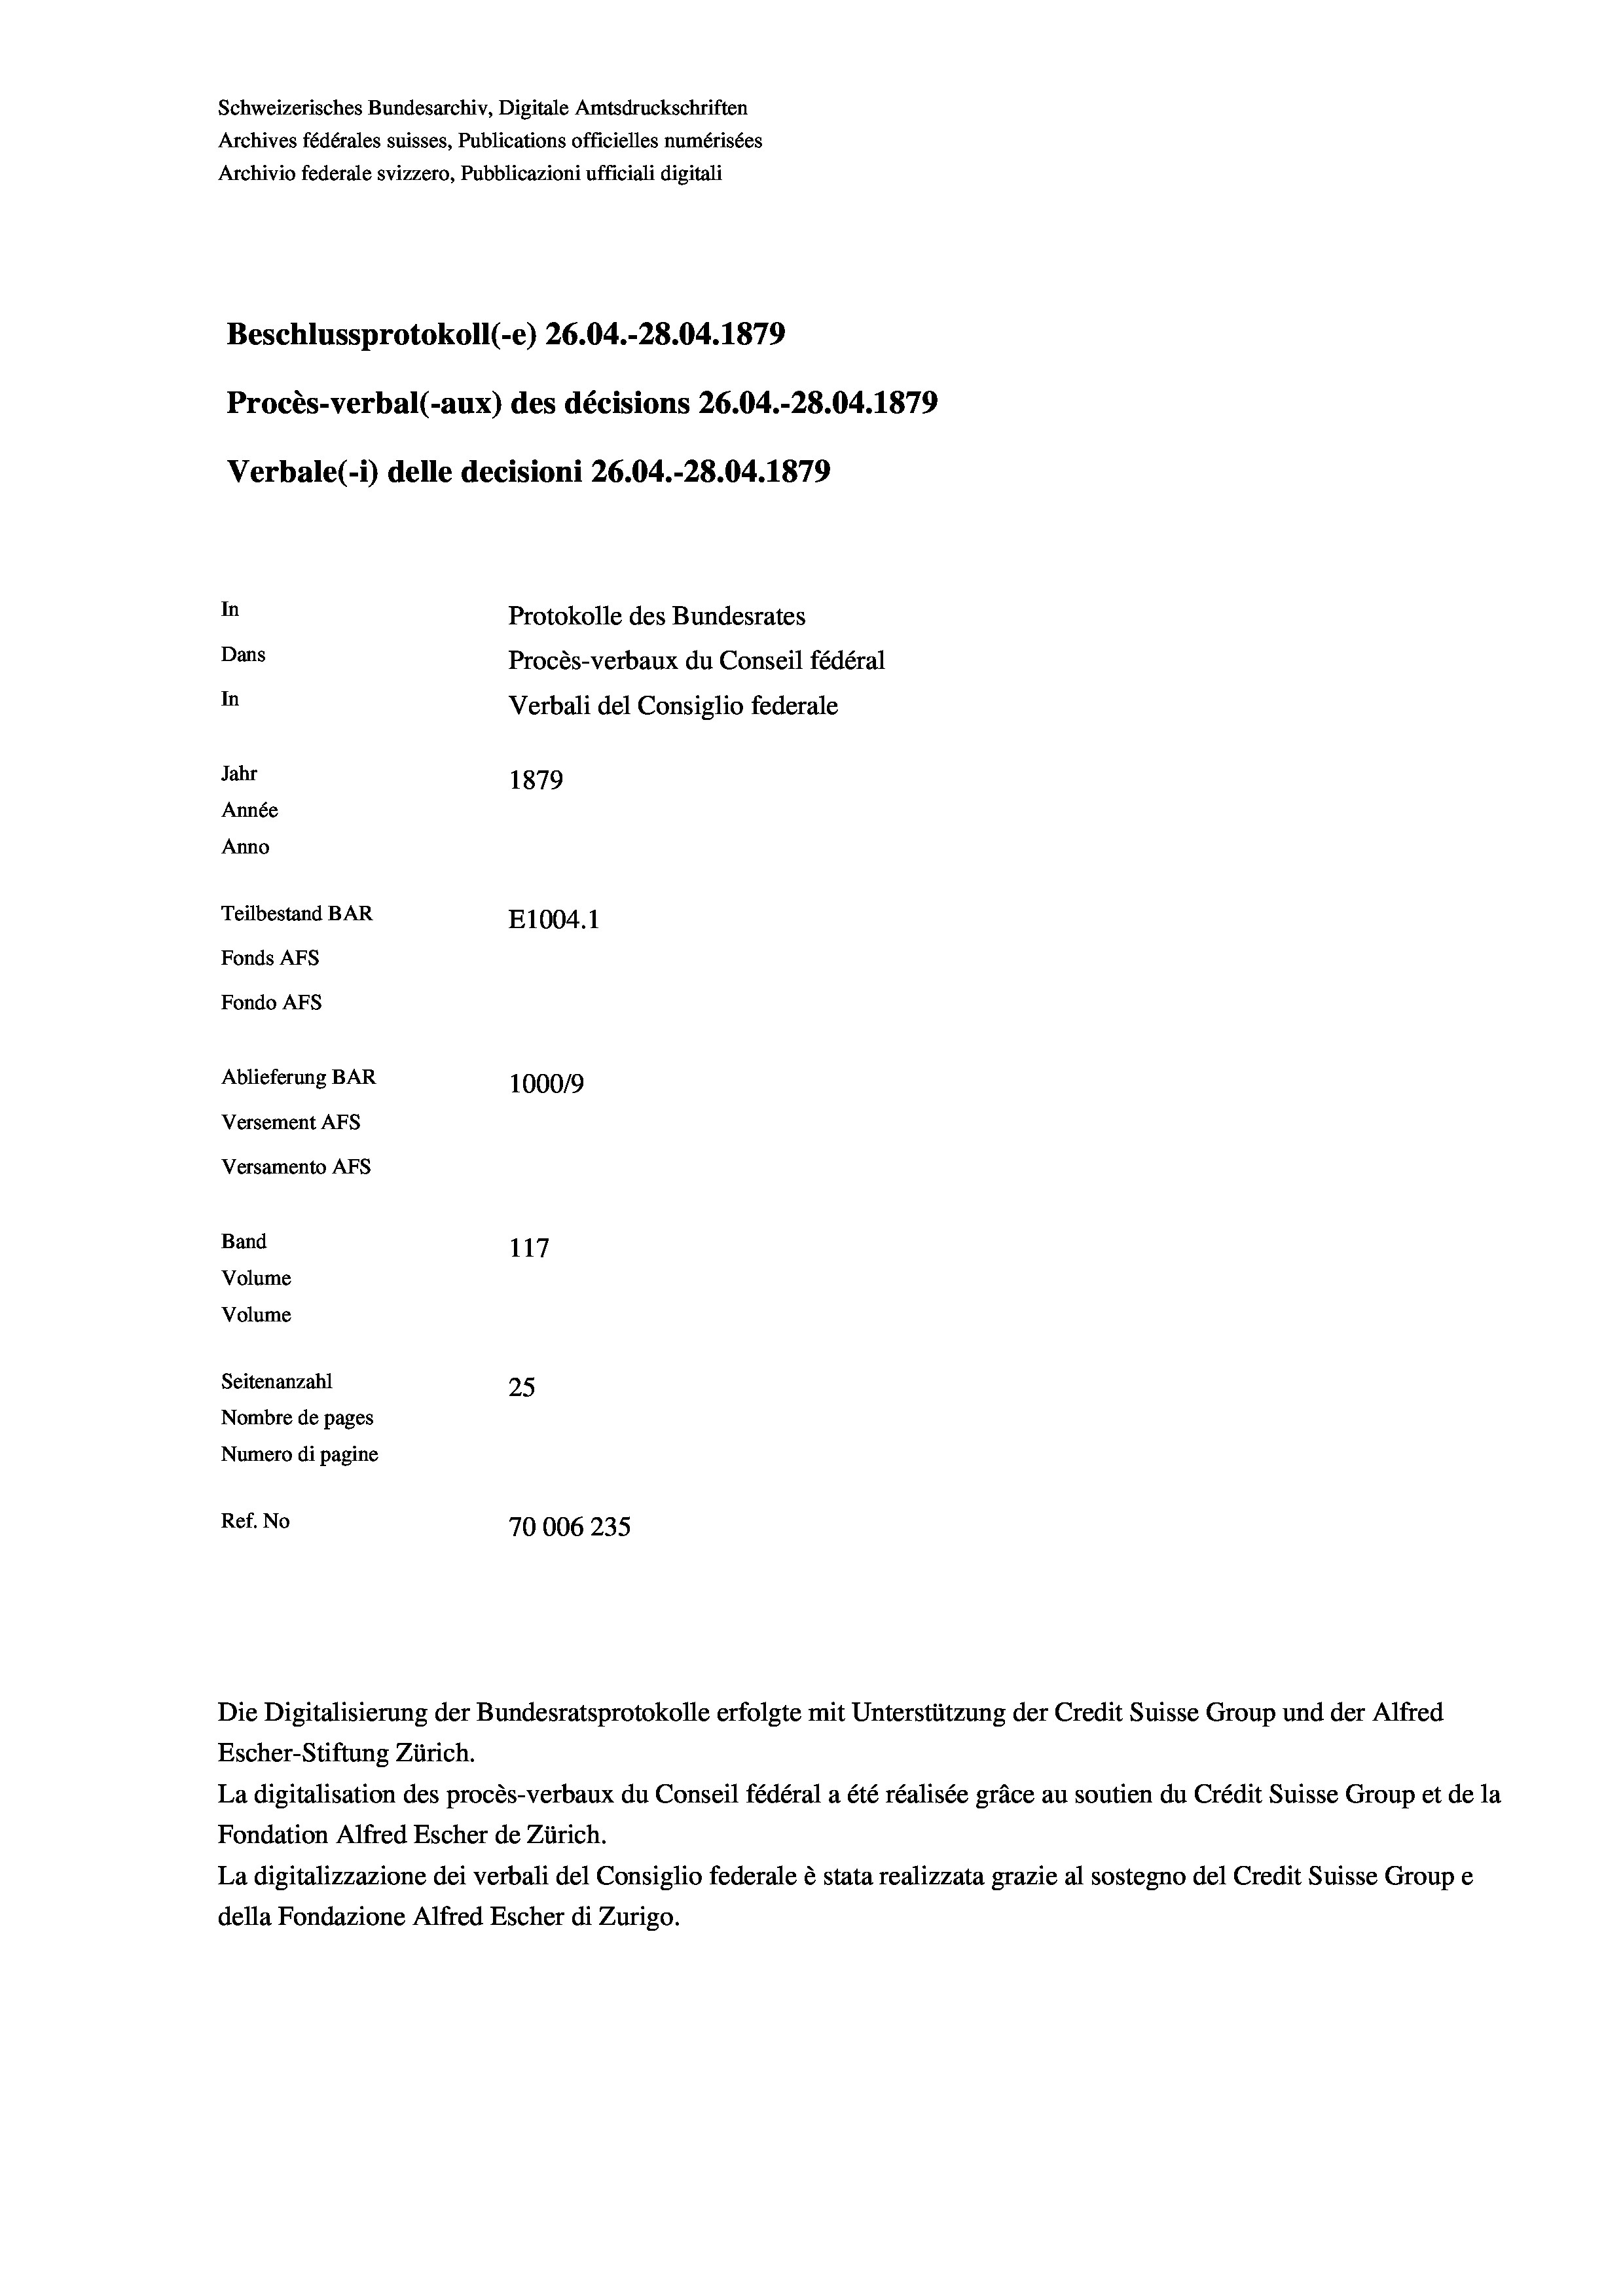
Schweizerisches Bundesarchiv, Digitale Amtsdruckschriften
Archives fédérales suisses, Publications officielles numérisées
Archivio federale svizzero, Pubblicazioni ufficiali digitali
Beschlussprotokoll (-e) 26.04.-28.04. 1879
Procès-verbal (-aux) des décisions 26.04.-28.04. 1879
Verbale (-*) delle decisioni 26.04.-28.04. 1879
In
Protokolle des Bundesrates
Dans
Procès-verbaux du Conseil fédéral
In
Verbali del Consiglio federale
Jahr
1879
Année
Anno
Teilbestand BAR
E1004.1
Fonds AFs
Fondo AFs
Ablieferung BAR
100019
Versement As
Versamento AFs
Band
117
Volume
Volume
Seitenanzahl
25
Nombre de pages
Numero di pagine
Ref. No
70006235

Die Digitalisierung der Bundesratsprotokolle erfolgte mit Unterstützung der Credit Suisse Group und der Alfred

Escher-Stiftung Zürich.
La digitalisation des procès-verbaux du Conseil fédéral a été réalisée gräce au soutien du Crédit Suisse Group et de la
Fondation Alfred Escher de Zürich.
La digitalizzazione dei verbali del Consiglio federale è stata realizzata grazie al sostegno del Credit Suisse Groupe
della Fondazione Alfred Escher di Zurigo.